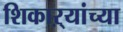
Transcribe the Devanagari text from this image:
शिकाऱ्यांच्या